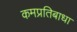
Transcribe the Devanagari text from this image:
कमप्रतिबाधा